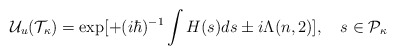
\begin{align*}{\cal U}_u ({\cal T}_{\kappa}) = \exp [ +(i\hbar)^{-1} \int H(s) ds \pm i\Lambda(n, 2)], \quad s\in {\cal P}_\kappa\end{align*}